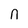
Character: n